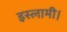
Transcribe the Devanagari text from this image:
इस्लामी।